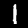
Digit: 1